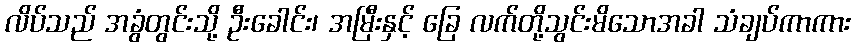
လိပ်သည် အခွံတွင်းသို့ ဦးခေါင်း၊ အမြီးနှင့် ခြေ လက်တို့သွင်းမိသောအခါ သံချပ်ကာကား